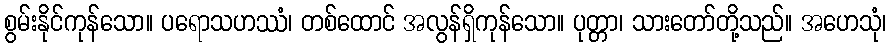
စွမ်းနိုင်ကုန်သော။ ပရောသဟဿံ၊ တစ်ထောင် အလွန်ရှိကုန်သော။ ပုတ္တာ၊ သားတော်တို့သည်။ အဟေသုံ၊